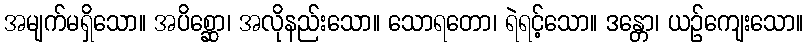
အမျက်မရှိသော။ အပိစ္ဆော၊ အလိုနည်းသော။ သောရတော၊ ရဲရင့်သော။ ဒန္တော၊ ယဉ်ကျေးသော။